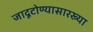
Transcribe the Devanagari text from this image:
जादूटोण्यासारख्या